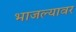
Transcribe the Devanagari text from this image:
भाजल्यावर